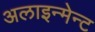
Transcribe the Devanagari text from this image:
अलाइन्मेन्ट